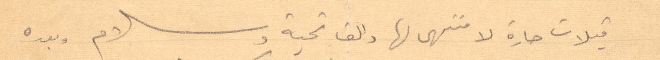
قبلات حارة لا منتهى لها والف تحية وسلام وبعده